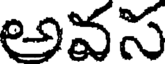
అవస